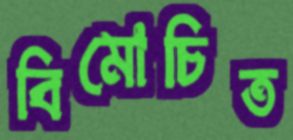
বিমোচিত